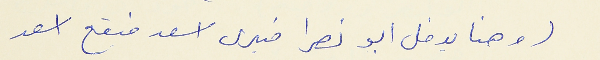
( وهنا يدخل ابو نصرا فيرى اسعد فيقع اسعد